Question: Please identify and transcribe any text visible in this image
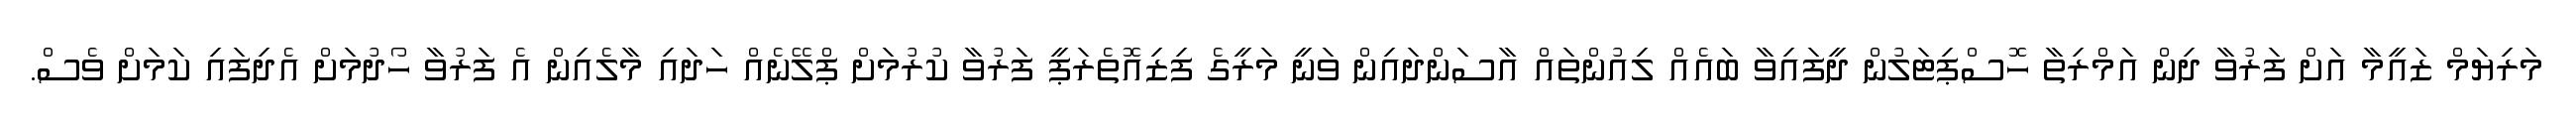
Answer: މަރިޔަމް ޒައީމާ އަށް ފަރުވާ ދިން އަމްރިތާ ހޮސްޕިޓަލުން ދީފައިވާ ބައެއް ލިއުންތައް އާސަންދައިން ވަނީ މަރީގެ ފިޒިއޮތެރަޕީ ފަރުވާ ކުރުމަށް ޕްލޭނެއް ހަދައި މާލެއިން އެ ފަރުވާ ހޯދުމަށް އެދިފައި ކަމަށް ވެސް.